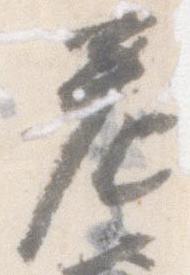
差